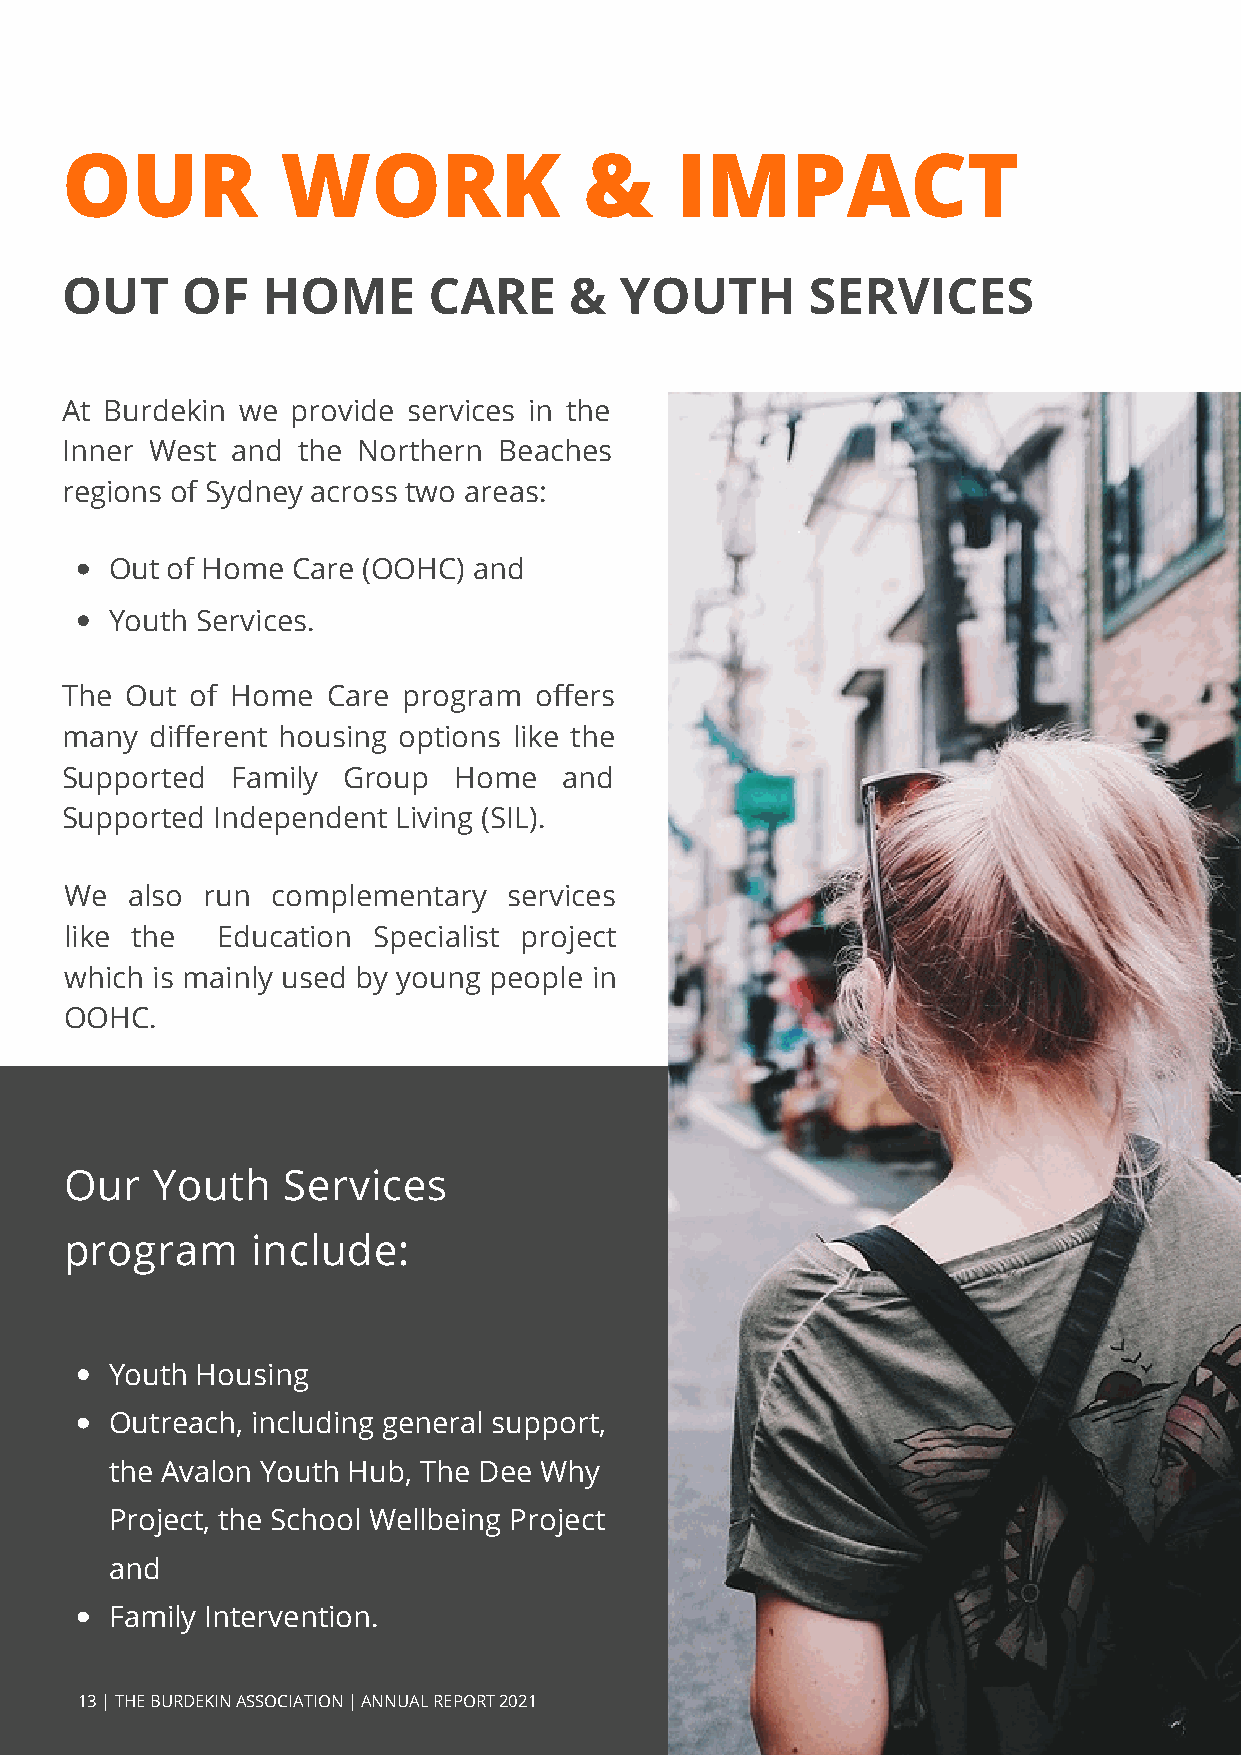
OUR            WORK                &     IMPACT
 OUT     OF   HOME       CARE      &  YOUTH        SERVICES
 At Burdekin we provide services in the
 Inner West and  the Northern Beaches
 regions of Sydney across two areas:
 Out of Home Care (OOHC) and
 Youth Services.
 The Out  of Home  Care program offers
 many  different housing options like the
 Supported  Family  Group  Home   and
 Supported Independent Living (SIL).
 We  also run  complementary   services
 like the  Education  Specialist project
 which is mainly used by young people in
 OOHC.
 Our   Youth    Services
 program      include:
 Youth Housing
 Outreach, including general support,
 the Avalon Youth Hub, The Dee Why
 Project, the School Wellbeing Project
 and
 Family Intervention.
 13 | THE BURDEKIN ASSOCIATION | ANNUAL REPORT 2021